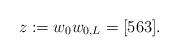
LaTeX: \begin{align*}z:= w_0 w_{0,L}=[563].\end{align*}